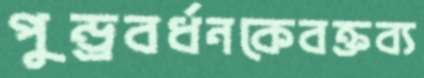
পুন্ড্রবর্ধনকেবক্তব্য